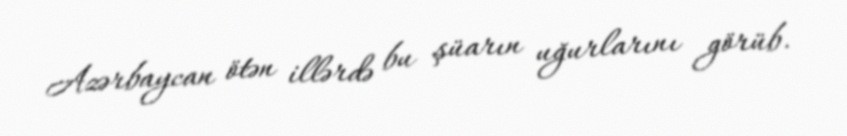
Azərbaycan ötən illərdə bu şüarın uğurlarını görüb.